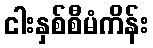
ငါးနှစ်စီမံကိန်း